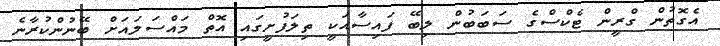
އެގޮތުން ގްރީން ޓެކްސްގެ ސަބަބުން ލިބޭ ފައިސާއަކީ ތިލަފުށީގައި އޮތް މައްސަލައަށް ބޭނުންކުރާނެ